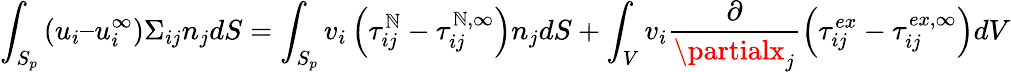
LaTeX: \int_{S_{p}}\left(u_{i}–u_{i}^{\infty}\right)\Sigma_{ij}n_{j}dS=\int_{S_{p}}v_{i}\left(\tau_{ij}^{\mathbb{N}}-\tau_{ij}^{\mathbb{N},\infty}\right)n_{j}dS+\int_{V}v_{i}\frac{{\partial}}{{\partialx_{j}}}\left(\tau_{ij}^{ex}-\tau_{ij}^{ex,\infty}\right)dV